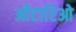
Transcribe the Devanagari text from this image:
ओंटारिओ